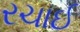
રચાઈ